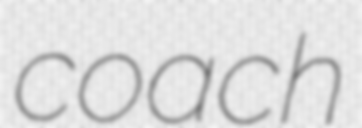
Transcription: coach